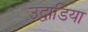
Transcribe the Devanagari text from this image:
उद्वाडिया